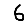
Digit: 6